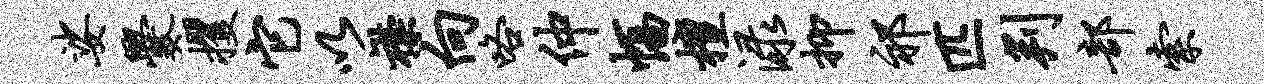
娑爨攫它以襟向咯仲幅檀渌抑祁匹判部索